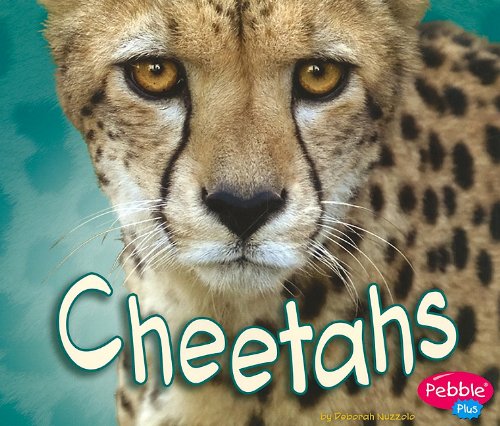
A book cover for Cheetahs (African Animals); Deborah Nuzzolo; Children's Books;